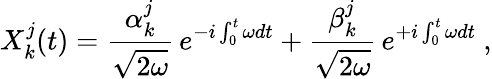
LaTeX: X_{k}^{j}(t)={\frac{\alpha_{k}^{j}}{\sqrt{2\omega}}}\, e^{-i\int_{0}^{t}\omega dt}+{\frac{\beta_{k}^{j}}{\sqrt{2\omega}}}\, e^{+i\int_{0}^{t}\omega dt}\ ,